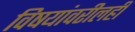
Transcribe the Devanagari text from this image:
विषयांवरीलही